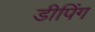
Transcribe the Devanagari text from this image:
डीपिंग